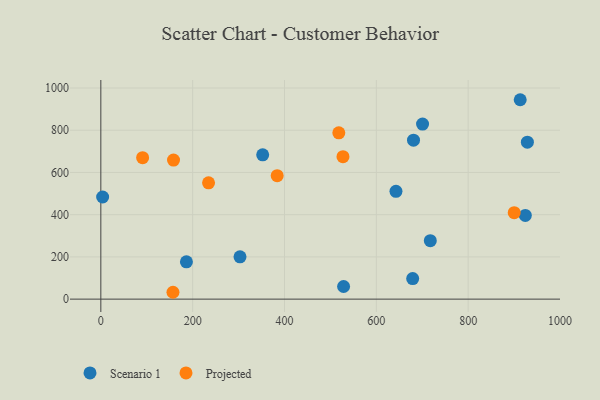
{"axis": {"x": "Speed", "y": "Fuel Efficiency"}, "legend": ["Projected", "Scenario 1"], "data": [{"x": "352.5", "y": 683.5, "type": "Scenario 1"}, {"x": "679.2", "y": 97.6, "type": "Scenario 1"}, {"x": "924.5", "y": 396.7, "type": "Scenario 1"}, {"x": "929.0", "y": 743.5, "type": "Scenario 1"}, {"x": "186.4", "y": 176.6, "type": "Scenario 1"}, {"x": "681.0", "y": 752.9, "type": "Scenario 1"}, {"x": "700.7", "y": 829.2, "type": "Scenario 1"}, {"x": "642.8", "y": 510.8, "type": "Scenario 1"}, {"x": "528.7", "y": 59.9, "type": "Scenario 1"}, {"x": "303.1", "y": 200.3, "type": "Scenario 1"}, {"x": "913.4", "y": 944.5, "type": "Scenario 1"}, {"x": "3.9", "y": 483.7, "type": "Scenario 1"}, {"x": "717.6", "y": 276.7, "type": "Scenario 1"}, {"x": "518.3", "y": 787.9, "type": "Projected"}, {"x": "91.0", "y": 669.8, "type": "Projected"}, {"x": "384.1", "y": 585.0, "type": "Projected"}, {"x": "158.3", "y": 658.7, "type": "Projected"}, {"x": "157.1", "y": 32.5, "type": "Projected"}, {"x": "234.6", "y": 550.7, "type": "Projected"}, {"x": "527.4", "y": 674.6, "type": "Projected"}, {"x": "900.3", "y": 409.4, "type": "Projected"}]}